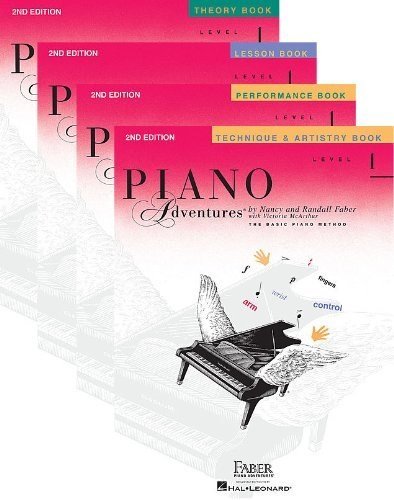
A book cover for Faber Piano Adventures Level 1 Learning Library Pack - Lesson, Theory, Performance, and Technique & Artistry Books; Humor & Entertainment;